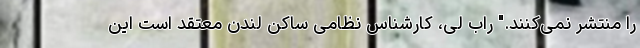
را منتشر نمی‌کنند." راب‌ لی، کارشناس نظامی ساکن لندن معتقد است این